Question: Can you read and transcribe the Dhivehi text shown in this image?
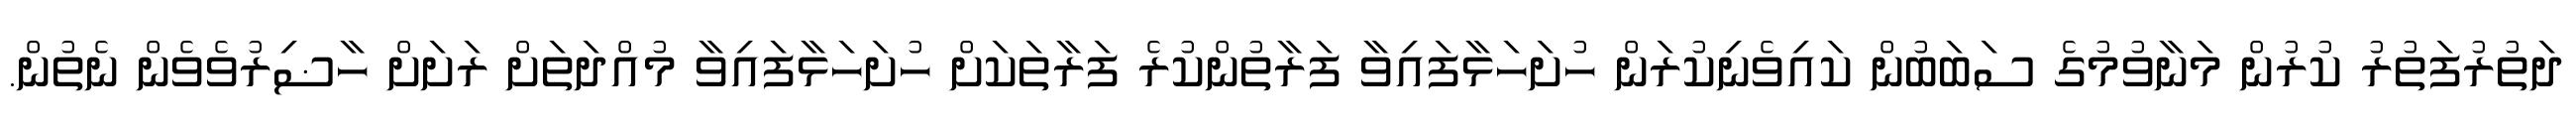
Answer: ދަތުރުފަތުރު ކުރުން މަނާވުމުގެ ސަބަބުން ކައިވެނިކުރަން ހުށަހަޅާފައިވާ ފަރާތުންކުރެ ފަރާތަކަށް ހުށަހަޅާފައިވާ މުއްދަތަށް ރަށަށް ހާޟިރުވެވެން ނެތުން.